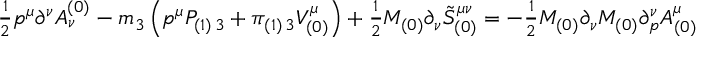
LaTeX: { \textstyle { \frac { 1 } { 2 } } } p ^ { \mu } \partial ^ { \nu } { \cal A } _ { \nu } ^ { ( 0 ) } - m _ { 3 } \left( p ^ { \mu } { \cal P } _ { ( 1 ) \, 3 } + \pi _ { ( 1 ) \, 3 } { \cal V } _ { ( 0 ) } ^ { \mu } \right) + { \textstyle { \frac { 1 } { 2 } } } M _ { ( 0 ) } \partial _ { \nu } { \tilde { \cal S } } _ { ( 0 ) } ^ { \mu \nu } = - { \textstyle { \frac { 1 } { 2 } } } M _ { ( 0 ) } \partial _ { \nu } M _ { ( 0 ) } \partial _ { p } ^ { \nu } { \cal A } _ { ( 0 ) } ^ { \mu }